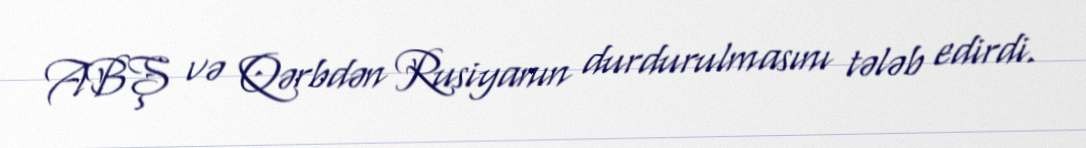
ABŞ və Qərbdən Rusiyanın durdurulmasını tələb edirdi.